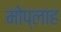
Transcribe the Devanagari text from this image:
मोप्लाह